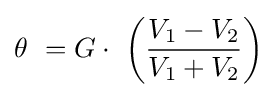
\theta \ =G\cdot \ \left({\frac {V_{1}-V_{2}}{V_{1}+V_{2}}}\right)